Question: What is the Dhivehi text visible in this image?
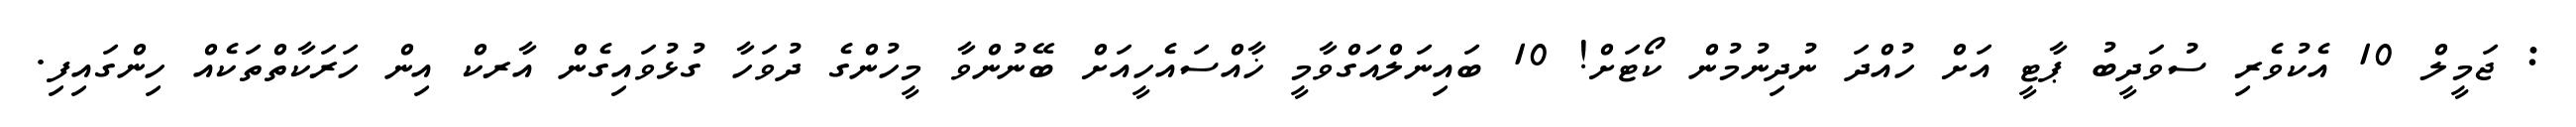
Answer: : ޖަމީލް 10 އެކުވެރި ސުވަދީބު ޕާޓީ އަށް ހުއްދަ ނުދިނުމުން ކޯޓަށް! 10 ބައިނަލްއަގްވާމީ ޚާއްސައެހީއަށް ބޭނުންވާ މީހުންގެ ދުވަހާ ގުޅުވައިގެން އާރކް އިން ހަރަކާތްތަކެއް ހިންގައިފި.